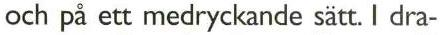
och på ett medryckande satt. I dra-